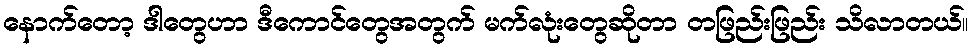
နောက်တော့ ဒါတွေဟာ ဒီကောင်တွေအတွက် မက်လုံးတွေဆိုတာ တဖြည်းဖြည်း သိလာတယ်။